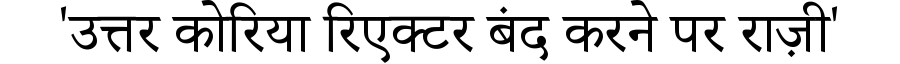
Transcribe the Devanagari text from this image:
'उत्तर कोरिया रिएक्टर बंद करने पर राज़ी'